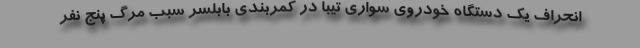
انحراف یک دستگاه خودروی سواری تیبا در کمربندی بابلسر سبب مرگ پنج نفر